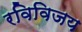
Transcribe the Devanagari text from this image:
रविविजय